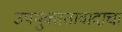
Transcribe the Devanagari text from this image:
उपयुक्ततावादाचा